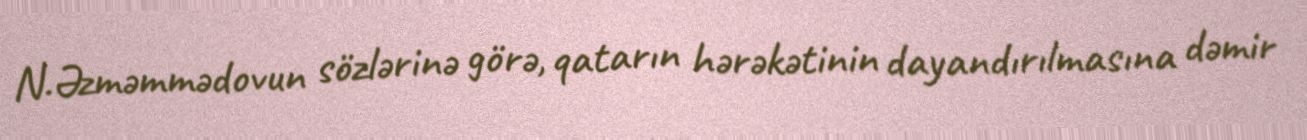
N.Əzməmmədovun sözlərinə görə, qatarın hərəkətinin dayandırılmasına dəmir